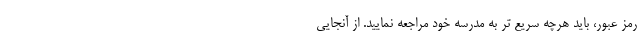
رمز عبور، باید هرچه سریع تر به مدرسه خود مراجعه نمایید. از آنجایی